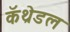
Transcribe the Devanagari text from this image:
कॅथ्रेडल